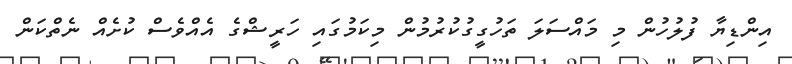
އިންޑިޔާ ފުލުހުން މި މައްސަލަ ތަހުގީގުކުރުމުން މިކަމުގައި ހަރީޝްގެ އެއްވެސް ކުށެއް ނެތްކަން